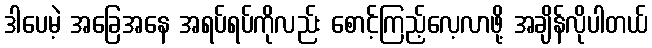
ဒါပေမဲ့ အခြေအနေ အရပ်ရပ်ကိုလည်း စောင့်ကြည့်လေ့လာဖို့ အချိန်လိုပါတယ်